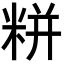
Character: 𮇛